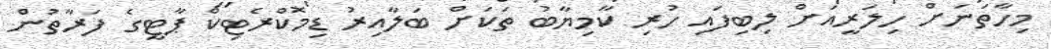
މިހާތަނަށް ހިލަރީއަށް ލިބިފައި ހުރި ކާމިޔާބު ތަކަށް ބަލާއިރު ޑިމޮކްރެޓިކް ޕާޓީގެ ފަރާތުން